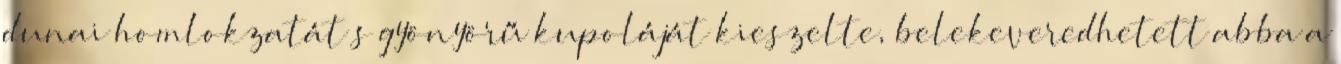
dunai homlokzatát s gyönyörű kupoláját kieszelte, belekeveredhetett abba a